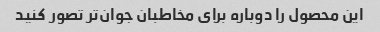
این محصول را دوباره برای مخاطبان جوان‌تر تصور کنید